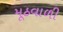
મૂઠવાળી